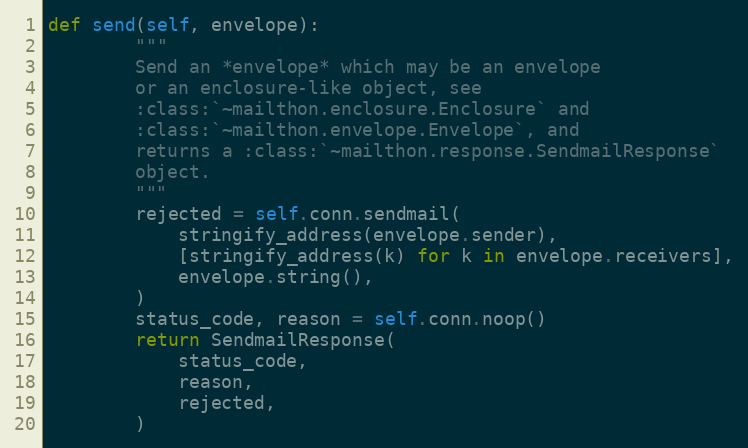
Language: Python
def send(self, envelope):
        """
        Send an *envelope* which may be an envelope
        or an enclosure-like object, see
        :class:`~mailthon.enclosure.Enclosure` and
        :class:`~mailthon.envelope.Envelope`, and
        returns a :class:`~mailthon.response.SendmailResponse`
        object.
        """
        rejected = self.conn.sendmail(
            stringify_address(envelope.sender),
            [stringify_address(k) for k in envelope.receivers],
            envelope.string(),
        )
        status_code, reason = self.conn.noop()
        return SendmailResponse(
            status_code,
            reason,
            rejected,
        )